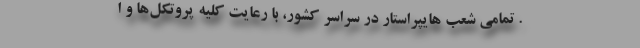
. تمامی شعب هایپراستار در سراسر کشور، با رعایت کلیه پروتکل‌ها و ا